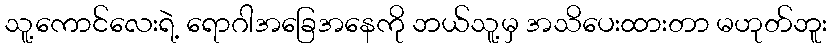
သူ့ကောင်လေးရဲ့ ရောဂါအခြေအနေကို ဘယ်သူ့မှ အသိပေးထားတာ မဟုတ်ဘူး